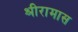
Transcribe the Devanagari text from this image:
श्रीरामास